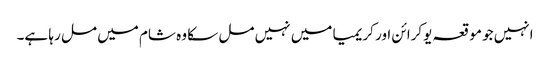
انہیں جو موقعہ یوکرائن اور کریمیا میں نہیں مل سکا وہ شام میں مل رہا ہے۔